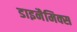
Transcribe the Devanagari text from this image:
डाइनैमिक्स